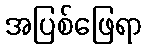
အပြစ်ဖြေရာ